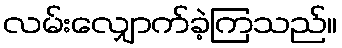
လမ်းလျှောက်ခဲ့ကြသည်။